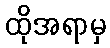
ထိုအရာမှ